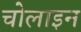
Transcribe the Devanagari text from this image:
चोलाइन